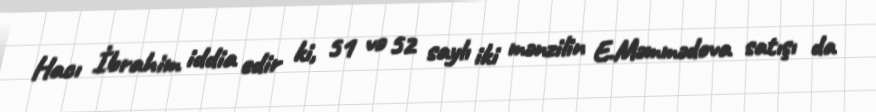
Hacı İbrahim iddia edir ki, 51 və 52 saylı iki mənzilin E.Məmmədova satışı da